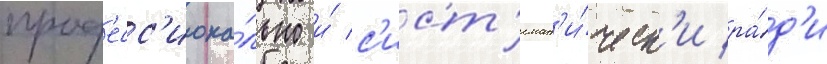
проф'есс'иона́льно и́ с'ист'емат'и́ческ'и ра́д'и